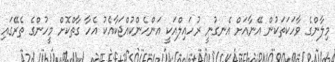
މިލާންގެ ވާހަކަތަކުން އޭނާއަށް އެނގުނީ ރުހައިލްއަކީ އަންހެންކުއްޖަކާއެކު އެހާ ގާތްކޮށް މީހުންގެ ތެރޭގައި